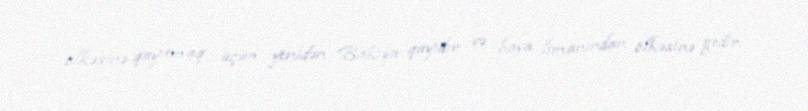
ölkəsinə qayıtmaq üçün yenidən Bakıya qayıdır və hava limanından ölkəsinə gedir.